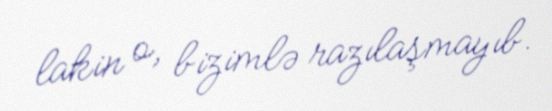
lakin o, bizimlə razılaşmayıb.